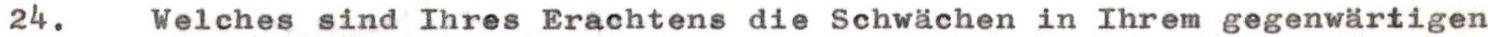
24. Welches sind Ihres Erachtens die Schwächen in Ihrem gegenwärtigen